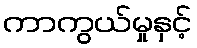
ကာကွယ်မှုနှင့်